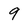
Character: 9